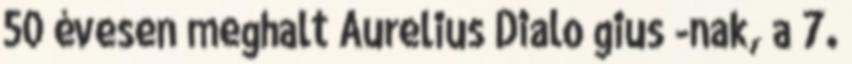
50 évesen meghalt Aurelius Dialo gius -nak, a 7.